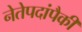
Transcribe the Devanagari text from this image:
नेतेपदांपैकी